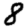
Digit: 8